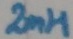
Text: 2mH